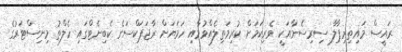
ރައީސް މައިތިރިޕާލާ ސިރިސެނާއަކީ ވެރިކަމަށް ކުރިމަތިލެއްވުމާއި ހަމަޔަށް ރާޖަޕަކްސަގެ ކެބިނެޓްގައި ހެލްތު މިނިސްޓަރުގެ